Civil Veterinary Dept. Bombay admin report 1923-31 - 1923-1931
Year: 1923
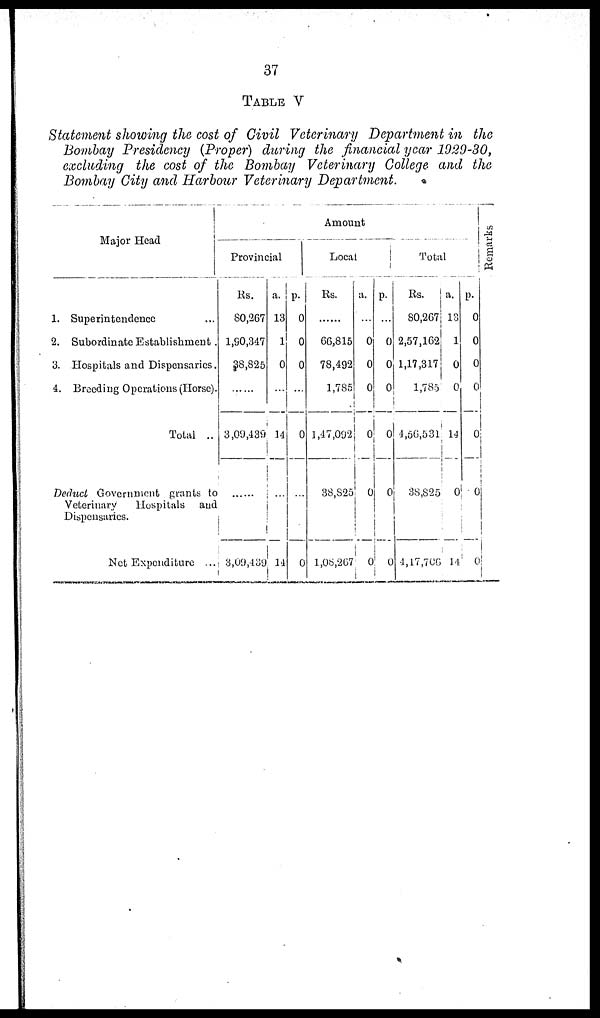
37
TABLE V
Statement showing the cost of Civil Veterinary Department in the
Bombay Presidency (Proper) during the financial year 1929-30,
excluding the cost of the Bombay Veterinary College and the
Bombay City and Harbour Veterinary Department.
Major Head
1. Superintendence ...
2. Subordinate Establishment .
3. Hospitals and Dispensaries.
4. Breeding Operations (Horse).
Total ..
Deduct Government grants to
Veterinary
Hospitals and
Dispensaries.
Net Expenditure ...
Amount
Provincial
Rs.
80,267
1,90,347
38,825
......
3,09,439
......
3,09,439
a.
13
1
0
...
14
...
14
p.
0
0
0
...
0
...
0
Local
Rs.
......
66,815
78,492
1,785
1,47,092
38,825
1,08,267
a.
...
0
0
0
0
0
0
p.
...
0
0
0
0
0
0
Total
Rs.
80,267
2,57,162
1,17,317
1,785
4,56,531
38,825
4,17,706
a.
13
1
0
0
14
0
14
P.
0
0
0
0
0
0
0
Remarks